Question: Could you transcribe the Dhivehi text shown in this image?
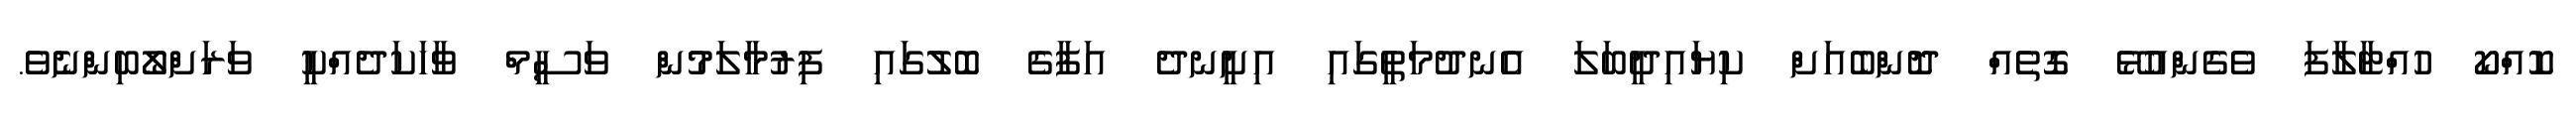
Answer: ކޮއްކޯ ހުއްޓާލާފަ ވެގެންއުޅޭ ގޮތެއް ދޮންބެއަށް ކިޔައިދީބަލަ އެނދުމަތީގައި އިށީނދެ އަފާގެ ބޮލުގައި ފިރުމާލަމުން ވަސީމް ވާހަކަދެއްކީ ވަރަށްލޯބިންނެވެ.